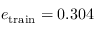
e _ { \mathrm { t r a i n } } = 0 . 3 0 4